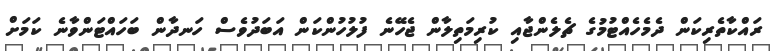
ރައްކާތެރިކަން ދެމެހެއްޓުމުގެ ޗެލެންޖާއި ކުރިމަތިލާން ޖެހޭނެ ފުލުހުންކަން އަބަދުވެސް ހަނދާން ބަހައްޓަންވާނެ ކަމަށް